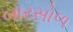
બારસોળ